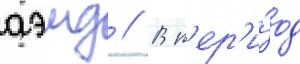
аэмд // В п'ер'и́од